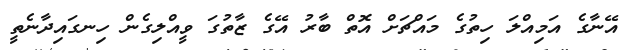
އޭނާގެ އަމިއްލަ ހިތުގެ މައްޗަށް އޮތް ބާރު އޭގެ ޒާތުގަ ވީއްލިގެން ހިނގައިދާނެތީ